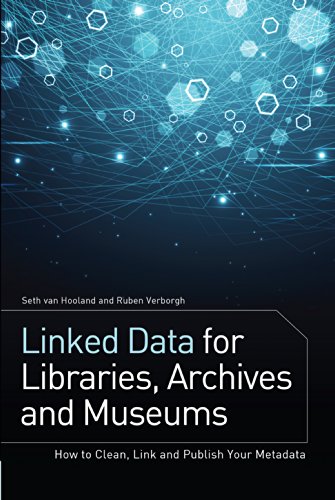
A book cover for Linked Data for Libraries, Archives and Museums: How to Clean, Link and Publish your Metadata; Seth van Hooland; Politics & Social Sciences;